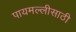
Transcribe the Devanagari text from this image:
पायमल्लीसाठी